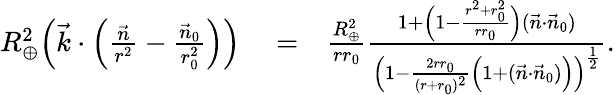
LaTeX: \begin{array}{rlr}{R_{\oplus}^{2}\Big(\vec{k}\cdot\Big(\frac{\vec{n}}{r^{2}}-\frac{\vec{n}_{0}}{r_{0}^{2}}\Big)\Big)}&{{}=}&{\frac{R_{\oplus}^{2}}{rr_{0}}\frac{1+\Big(1-\frac{r^{2}+r_{0}^{2}}{rr_{0}}\Big)(\vec{n}\cdot\vec{n}_{0})}{\Big(1-\frac{2rr_{0}}{(r+r_{0})^{2}}\Big(1+(\vec{n}\cdot\vec{n}_{0})\Big)\Big)^{\frac{1}{2}}}.}\end{array}